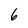
Character: 6